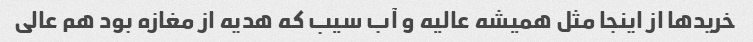
خریدها از اینجا مثل همیشه عالیه و آب سیب که هدیه از مغازه بود هم عالی